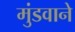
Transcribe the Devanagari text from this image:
मुंडवाने